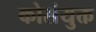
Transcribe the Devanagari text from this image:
कोसंयुक्त